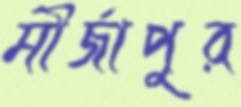
মীর্জাপুর